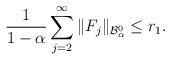
LaTeX: \begin{align*}\frac{1}{1-\alpha}\sum_{j=2}^{\infty}\|F_{j}\|_{\mathcal{B}_{\alpha}^{0}}\leq r_{1}.\end{align*}